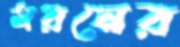
মরনের